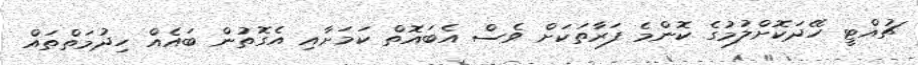
ޗުއްޓީ ހޭދަކޮށްލުމުގެ ކޮންމެ ފަރާތަކަށް ވެސް އެބައޮތް ކަމަށާއި އެގޮތުން ބައެއް ހިދުމަތްތައް